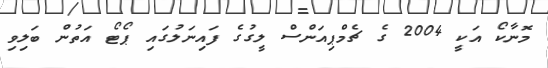
މޮނާކޯ އަކީ 2004 ގެ ޗެމްޕިއަންސް ލީގުގެ ފައިނަލުގައި ޕޯޓޯ އަތުން ބަލިވި